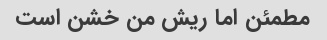
مطمئن اما ریش من خشن است